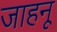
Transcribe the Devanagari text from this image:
जाहनू